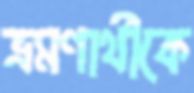
ভ্রমণার্থীকে